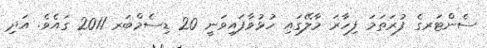
ސެންޓަރގެ ފުރަތަމަ ފިހާރަ މާލޭގައި ހުޅުވާފައިވަނީ 20 ޑިސެމްބަރ 2011 ގައެވެ. އަދި